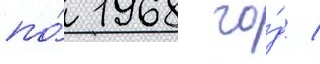
по́ 1968 го́д /